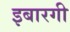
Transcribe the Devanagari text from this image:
इबारगी